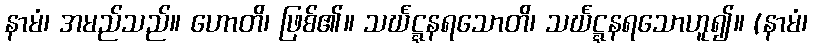
နာမံ၊ အမည်သည်။ ဟောတိ၊ ဖြစ်၏။ သင်္ဃဋ္ဋနရသောတိ၊ သင်္ဃဋ္ဋနရသောဟူ၍။ (နာမံ၊